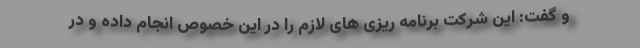
و گفت: این شرکت برنامه ریزی های لازم را در این خصوص انجام داده و در